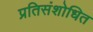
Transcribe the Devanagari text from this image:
प्रतिसंशोधित